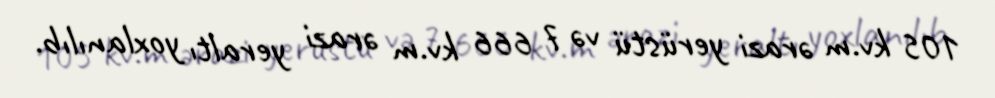
105 kv.m ərazi yerüstü və 7 666 kv.m ərazi yeraltı yoxlanılıb.